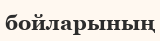
бойларының